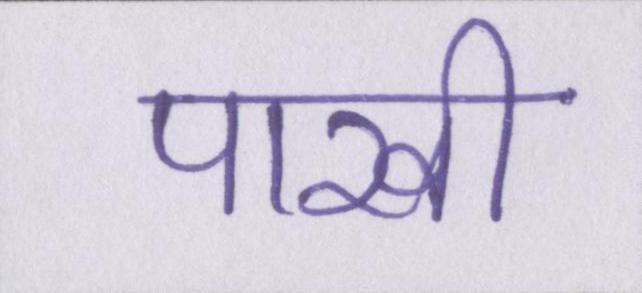
पाखी